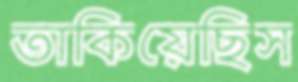
তাকিয়েছিস